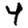
Digit: 4